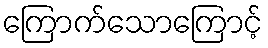
ကြောက်သောကြောင့်